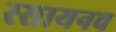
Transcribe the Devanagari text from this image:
रसायनच